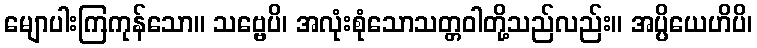
မျောပါးကြကုန်သော။ သဗ္ဗေပိ၊ အလုံးစုံသောသတ္တဝါတို့သည်လည်း။ အပ္ပိယေဟိပိ၊